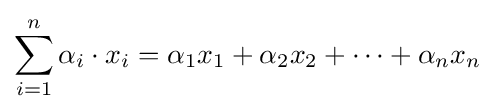
\sum _{i=1}^{n}{\alpha _{i}\cdot x_{i}}=\alpha _{1}x_{1}+\alpha _{2}x_{2}+\cdots +\alpha _{n}x_{n}